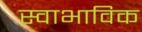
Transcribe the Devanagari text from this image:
स्‍वाभाविक